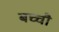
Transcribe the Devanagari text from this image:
बच्चौ